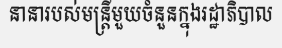
នានារបស់មន្ត្រីមួយចំនួនក្នុងរដ្ឋាភិបាល